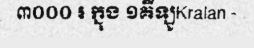
៣០០០ ៛ ក្នុង ១គីឡូKralan -